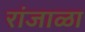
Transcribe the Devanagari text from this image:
रांजाळा